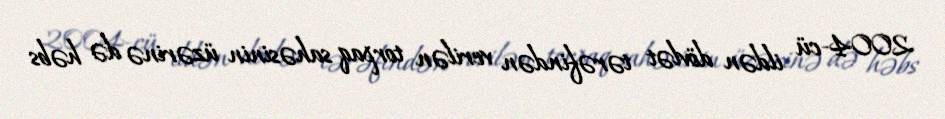
2004-cü ildən dövlət tərəfindən verilən torpaq sahəsinin üzərinə də həbs